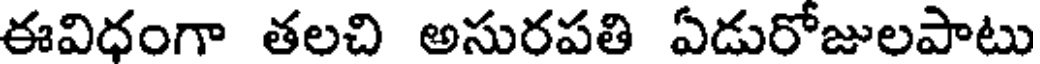
ఈవిధంగా తలచి అసురపతి ఏడురోజులపాటు